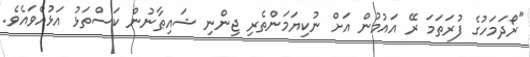
"ރޯދަމަހުގެ ފުރަތަމަ ރޭ އައުމުން އަށް ނުކިޔަމަންތެރި ޖިންނި ޝައިޠާނުން ކަސްތަޅު އަޅުއްވައެވެ.